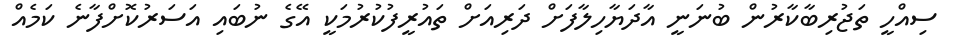
ސިއްހީ ތަޖުރިބާކާރުން ބުނަނީ އާދަޔާހިލާފަށް ދަރިއަށް ތައުރީފުކުރުމަކީ އޭގެ ނުބައި އަސަރުކޮށްފާނެ ކަމެއް